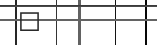
٧